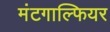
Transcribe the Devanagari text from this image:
मंटगाल्फियर